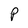
Character: P